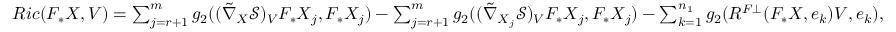
\begin{array} { r } { R i c ( F _ { \ast } X , V ) = \sum _ { j = r + 1 } ^ { m } g _ { 2 } ( ( \tilde { \nabla } _ { X } \mathcal { S } ) _ { V } F _ { \ast } X _ { j } , F _ { \ast } X _ { j } ) - \sum _ { j = r + 1 } ^ { m } g _ { 2 } ( ( \tilde { \nabla } _ { X _ { j } } \mathcal { S } ) _ { V } F _ { \ast } X _ { j } , F _ { \ast } X _ { j } ) - \sum _ { k = 1 } ^ { n _ { 1 } } g _ { 2 } ( R ^ { F \bot } ( F _ { \ast } X , e _ { k } ) V , e _ { k } ) , } \end{array}